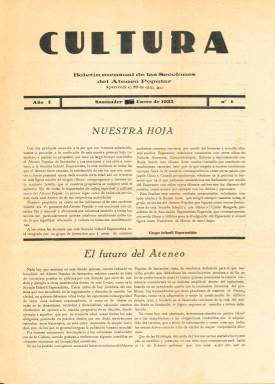
Título: Cultura (Santander)
Colección: Cultura
Ámbito geográfico: Cantabria
Lugar de publicación: Santander
Fechas: 01/01/1935-30/04/1936

Imágenes procedentes de donativo.

    Esta publicación es el boletín mensual que editó el Ateneo Popular de la ciudad de Santander a partir de enero de 1935 y que se prolongaría hasta el inicio de la Guerra Civil, aunque la BNE no posee todos los números. Comenzó teniendo solo 4 páginas, pero fue aumentando sus contenidos y llegó a tener números con 12 y hasta 14 páginas, lo que fue posible gracias a los anuncios que ayudarían a su financiación.

   Una de las características más relevantes de esta pequeña publicación es que era redactada en su mayor parte por el Grupo Infantil Esperantista, una de las Secciones del Ateneo Popular, lo que da una idea de la importancia que el esperanto llegó a tener en esa época como lengua universal.

  En el primer número, los jóvenes esperantistas de Santander señalan que tienen relaciones constantes con chicos de países como Francia y Alemania, y especialmente de Rusia, donde el esperanto está muy extendido por enseñarse en las escuelas. Asimismo, dicen que están en comunicación con jóvenes de Japón, China y Canadá.

  Este tema del esperanto será recurrente en los números de la publicación, al igual que lo serán las gestiones para la construcción de una sede propia para el Ateneo Popular de Santander. En el último número que posee la BNE, el correspondiente a abril de 1936, se puede ver una fotografía de las obras de construcción. Se trata de una excepción porque el boletín no solía incluir información gráfica.

  Aparte de la Sección Esperantista, en el Ateneo había otras secciones cuya actividad también quedará reflejada en la publicación, como la Sección Taquigráfica, la Sección Ajedrecista o la de Arte Escénico.

    La información referente a la biblioteca ocupará igualmente un espacio relevante en cada uno de los números, así como las noticias referentes a las conferencias de personalidades que subían a la tribuna del Ateneo y otras relativas a la vida interna de la institución.

[Descripción publicada el 17/08/2022]